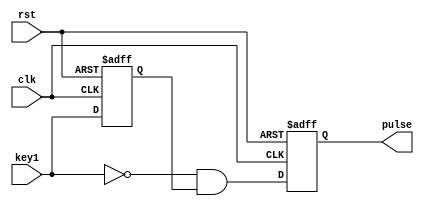

module single_pulse(
    input clk,         // 
    input rst,       // 
    input key1,        // 
    output reg pulse   // 
);

reg key1_delayed;

always @(posedge clk or posedge rst) begin
    if (rst) begin
        key1_delayed <= 1;  // 
        pulse <= 0;         // 
    end else begin
        key1_delayed <= key1;  // 
        pulse <= !key1 && key1_delayed; // 
    end
end

endmodule